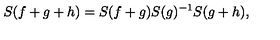
S ( f + g + h ) = S ( f + g ) S ( g ) ^ { - 1 } S ( g + h ) ,